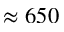
\approx 6 5 0